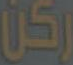
ركن